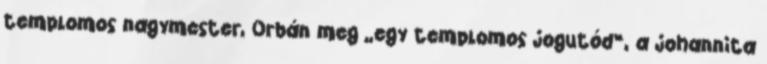
templomos nagymes­ter, Orbán meg „egy templomos jogutód”, a johannita